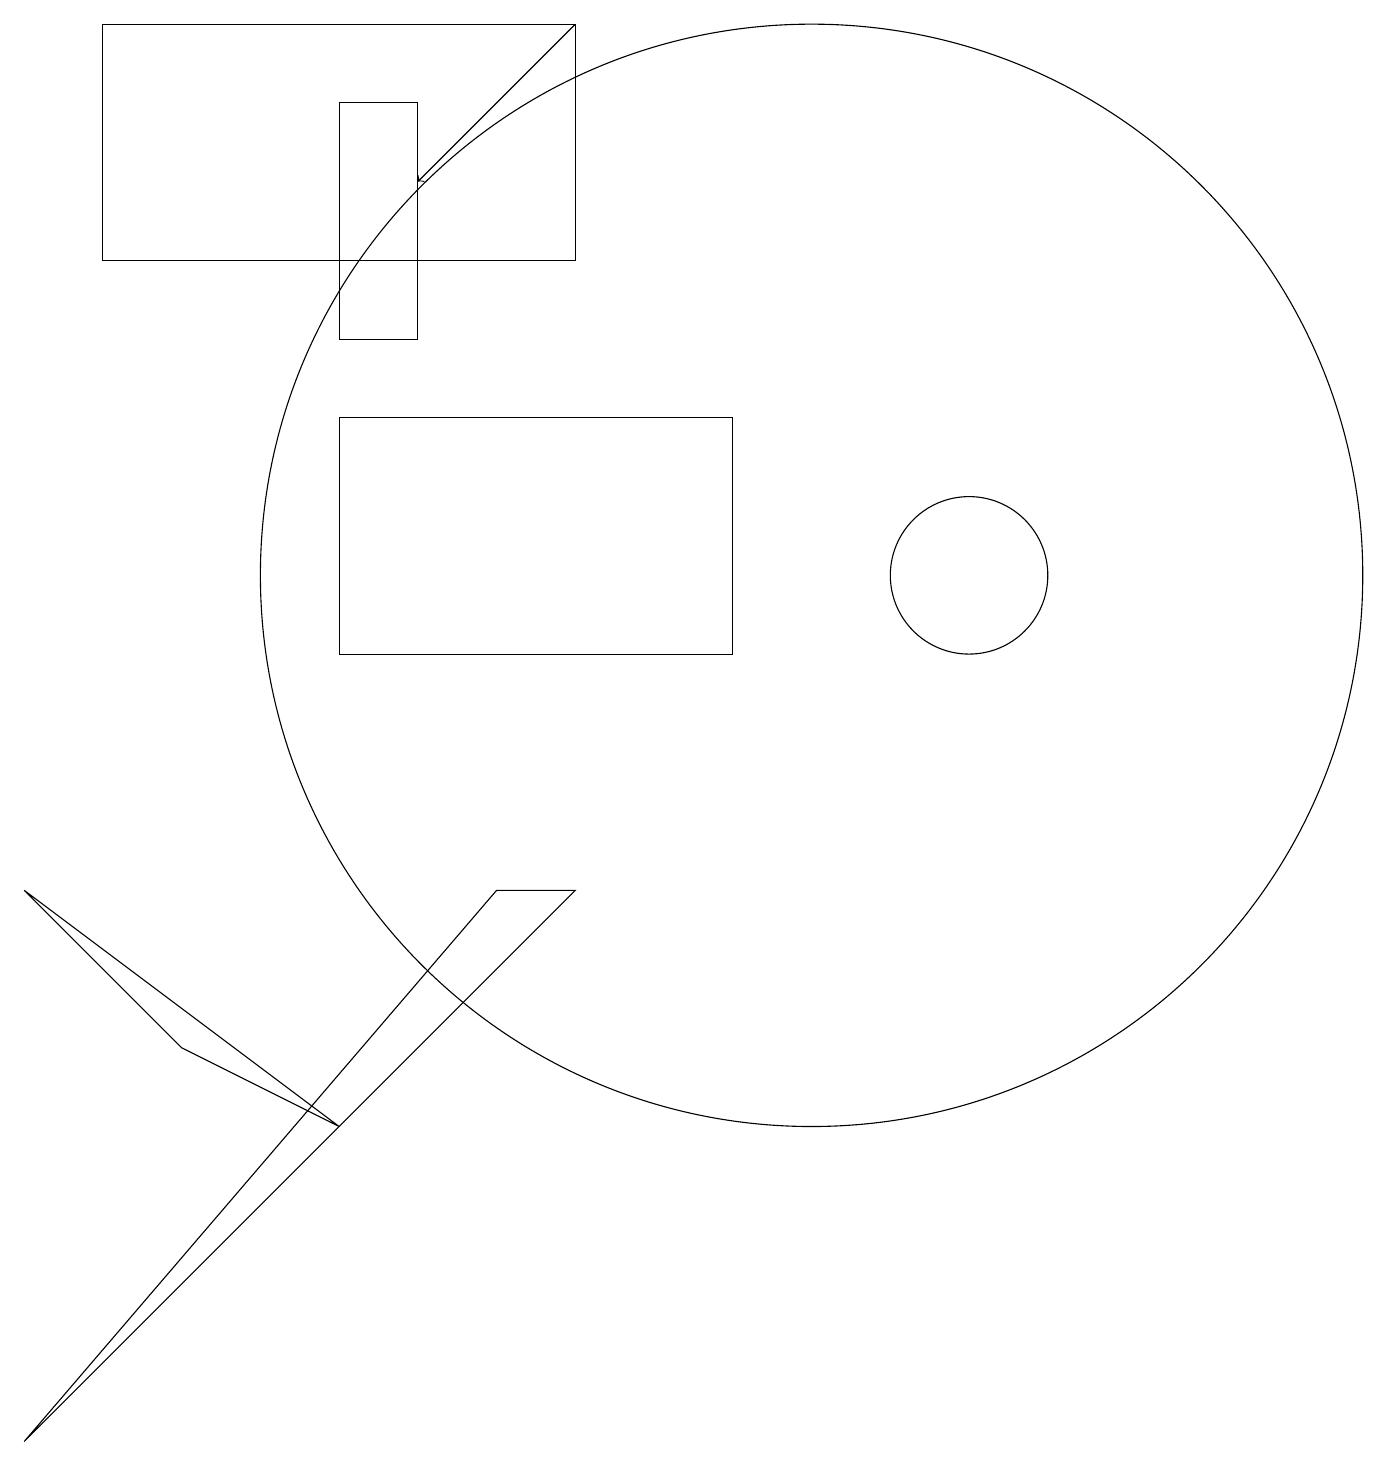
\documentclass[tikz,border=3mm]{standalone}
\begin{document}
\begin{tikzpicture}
\draw (0,1) -- (6,8) -- (7,8) -- cycle;
\draw (5,15) rectangle (4,18);
\draw (0,8) -- (2,6) -- (4,5) -- cycle;
\draw (12,12) circle (1);
\draw (10,12) circle (7);
\draw (7,19) rectangle (1,16);
\draw (9,14) rectangle (4,11);
\draw[->] (7,19) -- (5,17);
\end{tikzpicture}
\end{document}